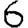
Digit: 6